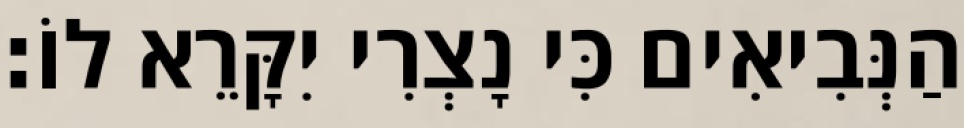
הַנְּבִיאִים כִּי נָצְרִי יִקָּרֵא לוֹ׃